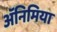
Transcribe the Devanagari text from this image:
अॅनिमिया